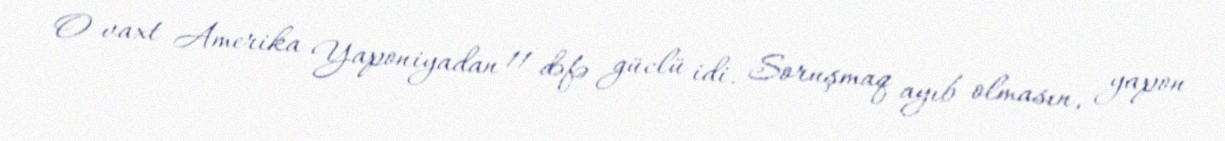
O vaxt Amerika Yaponiyadan 11 dəfə güclü idi. Soruşmaq ayıb olmasın, yapon